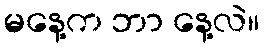
မနေ့က ဘာ နေ့လဲ။